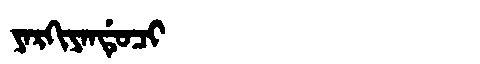
Manchu: ᠶᠠᡵᡴᡳᠶᠠᠨᡩᡠᠴᡳ
Romanization: YARKIYANDUCI